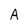
Character: A